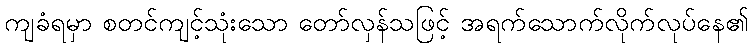
ကျခံရမှာ စတင်ကျင့်သုံးသော တော်လှန်သဖြင့် အရက်သောက်လိုက်လုပ်နေ၏